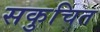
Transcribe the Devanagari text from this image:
सकुचित